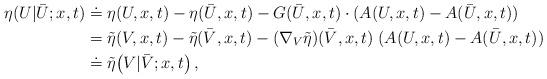
LaTeX: \begin{align*}\begin{aligned}\eta ( U | \bar U;x,t ) &\doteq \eta (U,x,t)- \eta (\bar U,x,t )- G(\bar U,x,t) \cdot (A(U,x,t) - A(\bar U,x,t))\\&= \tilde{\eta}(V,x,t) -\tilde{\eta}(\bar V,x,t) - (\nabla_V \tilde{\eta}) (\bar V,x,t) \; (A(U,x,t) - A(\bar U,x,t)) \, \\&\doteq \tilde{\eta} \big (V | \bar V;x,t\big ) \, ,\end{aligned}\end{align*}